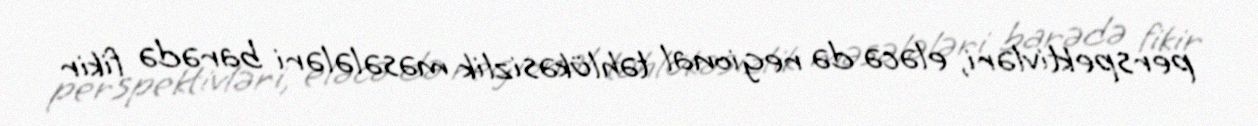
perspektivləri, eləcə də regional təhlükəsizlik məsələləri barədə fikir